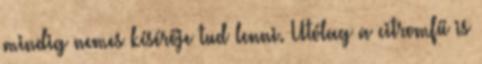
mindig nemes kísérője tud lenni. Utólag a citromfű is